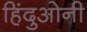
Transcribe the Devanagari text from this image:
हिंदुओनी